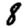
Digit: 8